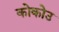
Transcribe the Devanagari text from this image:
कोकोउ